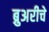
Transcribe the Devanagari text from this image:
ब्रुअरीचे